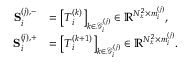
\begin{array} { r l } { \mathbf { S } _ { i } ^ { ( j ) , - } } & { = \left[ \boldsymbol { T } _ { i } ^ { ( k ) } \right] _ { k \in \mathcal { G } _ { i } ^ { ( j ) } } \in \mathbb { R } ^ { N _ { x } ^ { 2 } \times m _ { i } ^ { ( j ) } } , } \\ { \mathbf { S } _ { i } ^ { ( j ) , + } } & { = \left[ \boldsymbol { T } _ { i } ^ { ( k + 1 ) } \right] _ { k \in \mathcal { G } _ { i } ^ { ( j ) } } \in \mathbb { R } ^ { N _ { x } ^ { 2 } \times m _ { i } ^ { ( j ) } } . } \end{array}